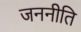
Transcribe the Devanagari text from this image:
जननीति